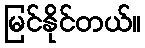
မြင်နိုင်တယ်။